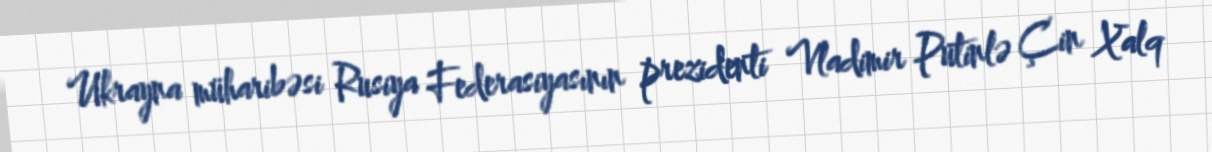
Ukrayna müharibəsi Rusiya Federasiyasının prezidenti Vladimir Putinlə Çin Xalq